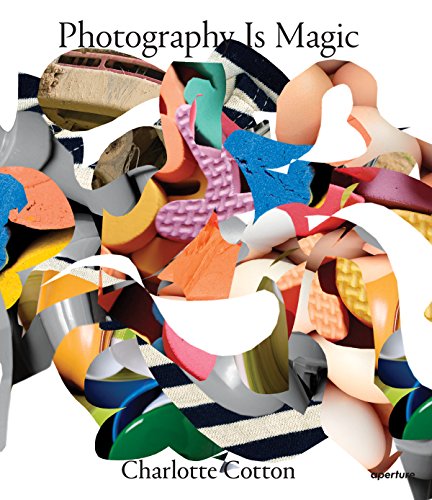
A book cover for Photography Is Magic; Arts & Photography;